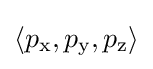
\langle p_{\text{x}},p_{\text{y}},p_{\text{z}}\rangle